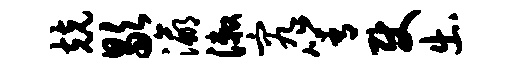
兢歇瀛漱究箐使出